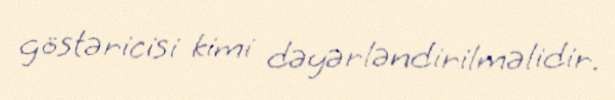
göstəricisi kimi dəyərləndirilməlidir.